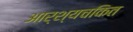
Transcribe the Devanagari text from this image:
आर्श्यचकित